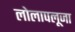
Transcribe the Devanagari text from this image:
लोलापलूजा